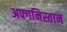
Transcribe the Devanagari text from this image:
अफ्गनिस्तान